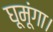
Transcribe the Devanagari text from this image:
घूमूंगा।